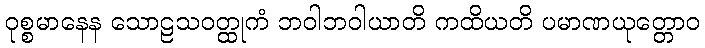
ဝုစ္စမာနေန သောဠသဝတ္ထုကံ ဘဝါဘဝါယာတိ ကထိယတိ ပမာဏယုတ္တောဝ